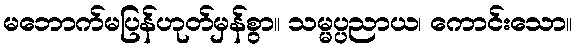
မဘောက်မပြန်ဟုတ်မှန်စွာ။ သမ္မပ္ပညာယ၊ ကောင်းသော။